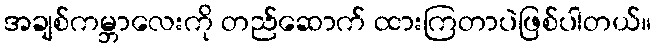
အချစ်ကမ္ဘာလေးကို တည်ဆောက် ထားကြတာပဲဖြစ်ပါတယ်။